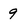
Character: 9